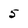
Character: 5